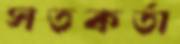
সতকর্তা